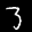
Label: 3